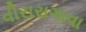
વીરારાગાવા